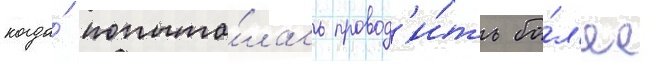
когда́ попыта́лась провод'и́ть бо́л'ее